First report of the anti-malarial operations at Mian Mir, 1901-1903 - Number 6
Year: 1901
Disease focus: Malaria
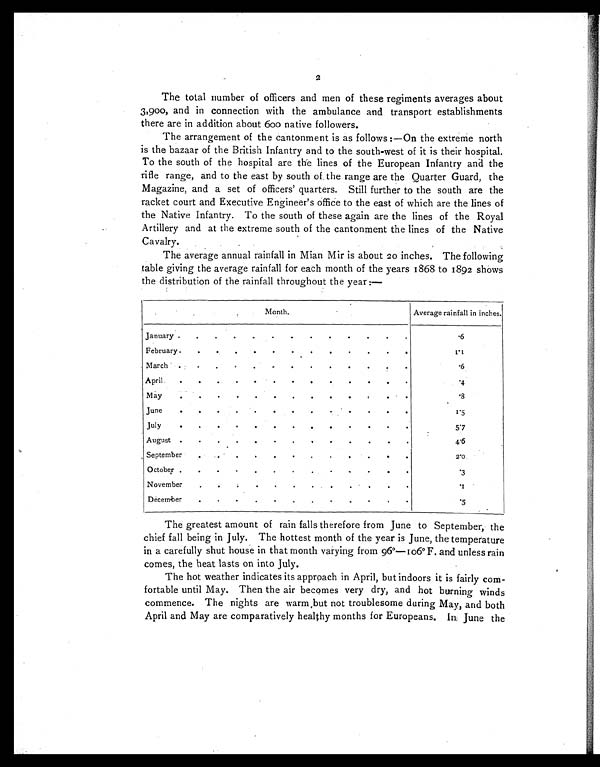
2
The total number of officers and men of these regiments averages about
3,900, and in connection with the ambulance and transport establishments
there are in addition about 600 native followers.
The arrangement of the cantonment is as follows :—On the extreme north
is the bazaar of the British Infantry and to the south-west of it is their hospital.
To the south of the hospital are the lines of the European Infantry and the
rifle range, and to the east by south of the range are the Quarter Guard, the
Magazine, and a set of officers' quarters. Still further to the south are the
racket court and Executive Engineer's office to the east of which are the lines of
the Native Infantry. To the south of these again are the lines of the Royal
Artillery and at the extreme south of the cantonment the lines of the Native
Cavalry.
The average annual rainfall in Mian Mir is about 20 inches. The following
table giving the average rainfall for each month of the years 1868 to 1892 shows
the distribution of the rainfall throughout the year:—
Month.
Average rainfall in inches.
January
.
.
.
.
.
.
.
.
.
.
.
.
.6
February
.
.
.
.
.
.
.
.
.
.
.
.
1 . 1
March
.
.
.
.
.
.
.
.
.
.
.
.
. 6
April
.
.
.
.
.
.
.
.
.
.
.
.
.4
May
.
.8
June
.
.
.
.
.
.
.
.
.
.
.
.
1.5
July
.
.
.
.
.
.
.
.
.
.
.
.
5.7
August
.
.
.
.
.
.
.
.
.
.
.
.
4.6
September
2.0
October
.
.
.
.
.
.
.
.
.
4
.
.3
November
.
.
.
.
.
.
.
.
.
.
.
. 1
December
.
.
.
.
.
.
.
.
.
.
.
.
.5
The greatest amount of rain falls therefore from June to September, the
chief fall being in July. The hottest month of the year is June, the temperature
in a carefully shut house in that month varying from 96°—106° F. and unless rain
comes, the heat lasts on into July.
The hot weather indicates its approach in April, but indoors it is fairly com-
fortable until May. Then the air becomes very dry, and hot burning winds
commence. The nights are warm but not troublesome during May, and both
April and May are comparatively healthy months for Europeans. In June the